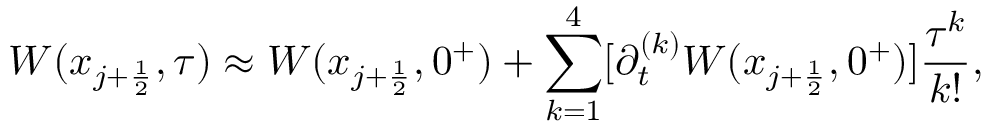
W ( x _ { j + \frac { 1 } { 2 } } , \tau ) \approx W ( x _ { j + \frac { 1 } { 2 } } , 0 ^ { + } ) + \sum _ { k = 1 } ^ { 4 } [ \partial _ { t } ^ { ( k ) } W ( x _ { j + \frac { 1 } { 2 } } , 0 ^ { + } ) ] \frac { \tau ^ { k } } { k ! } ,